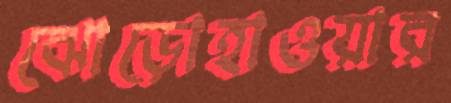
ঝোড়োহাওয়ার